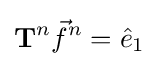
\mathbf {T} ^{n}{\vec {f}}^{n}={\hat {e}}_{1}